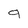
Character: 9